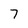
Character: 7